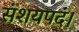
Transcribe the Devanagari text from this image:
संशयपदं।